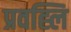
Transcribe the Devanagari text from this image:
प्रवह्लि